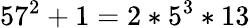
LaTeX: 57^{2}+1=2*5^{3}*13